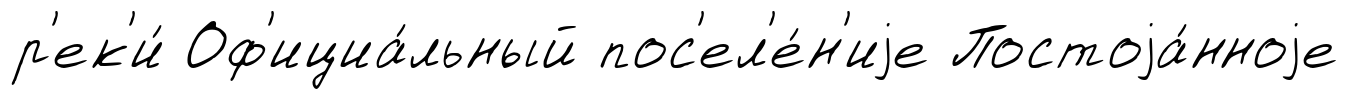
р'ек'и́ Оф'ициа́льный пос'ел'е́н'иjе Постоjа́нноjе